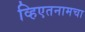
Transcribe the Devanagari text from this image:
व्हिएतनामचा